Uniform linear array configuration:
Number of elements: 16
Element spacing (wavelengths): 0.75
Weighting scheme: uniform
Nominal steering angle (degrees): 15
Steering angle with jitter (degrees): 15.696
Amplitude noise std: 0.05
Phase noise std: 0.05

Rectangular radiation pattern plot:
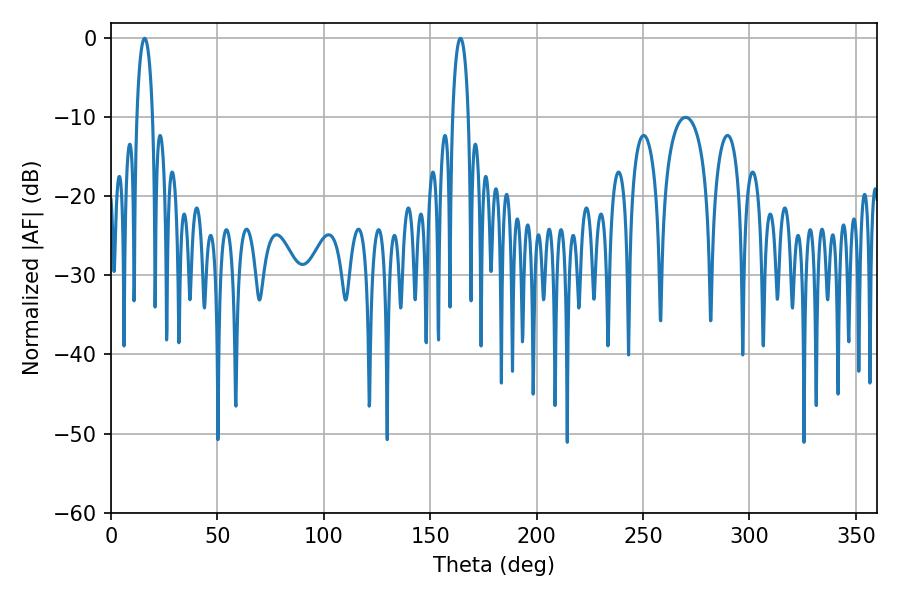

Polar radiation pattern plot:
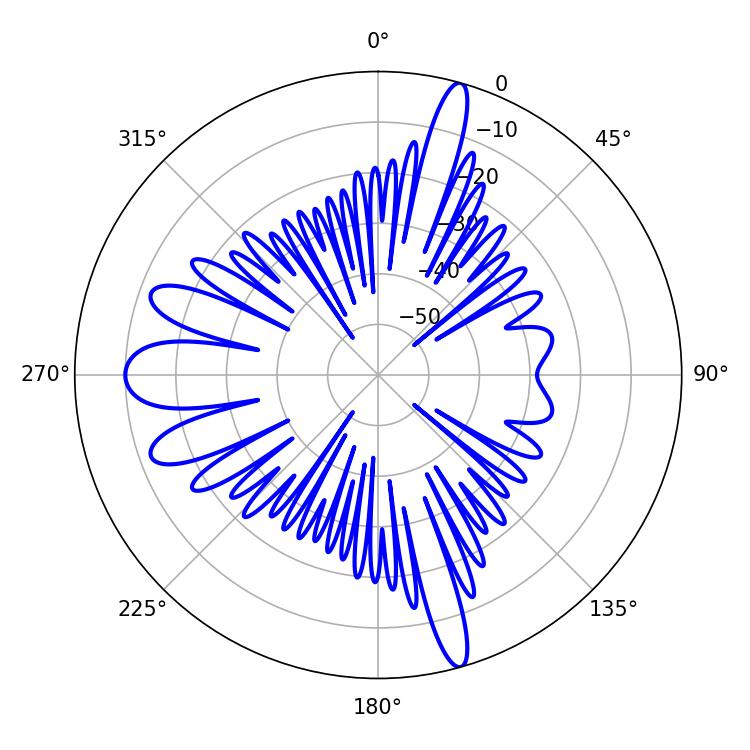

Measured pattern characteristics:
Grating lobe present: TRUE
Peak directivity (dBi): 23.232
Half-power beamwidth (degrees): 4.32
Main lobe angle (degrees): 164.16